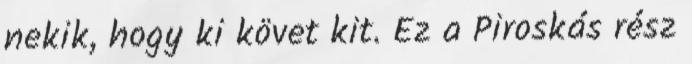
nekik, hogy ki követ kit. Ez a Piroskás rész